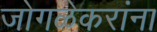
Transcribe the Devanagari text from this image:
जोगळेकरांना